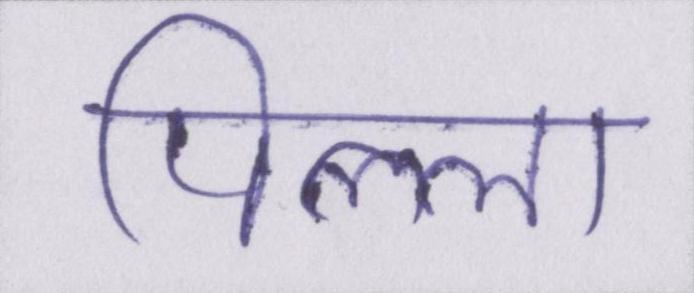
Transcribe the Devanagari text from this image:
पिल्ला